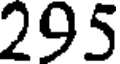
295